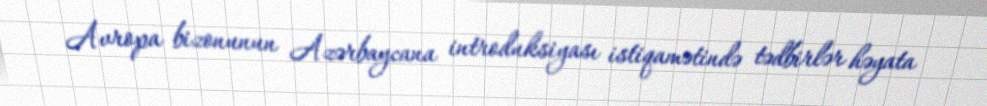
Avropa bizonunun Azərbaycana introduksiyası istiqamətində tədbirlər həyata